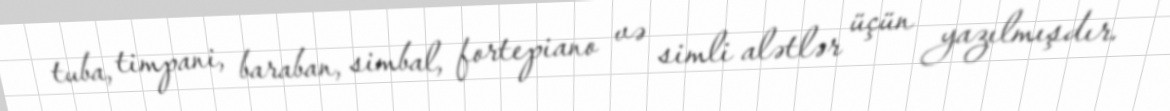
tuba, timpani, baraban, simbal, fortepiano və simli alətlər üçün yazılmışdır.